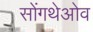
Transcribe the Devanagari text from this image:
सोंगथेओव